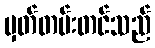
မှတ်တမ်းတင်သည်